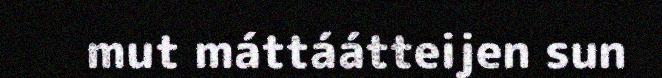
mut máttáátteijen sun